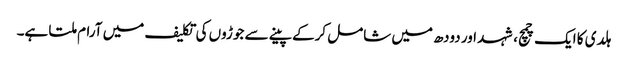
ہلدی کا ایک چمچ، شہد اور دودھ میں شامل کرکے پینے سے جوڑوں کی تکلیف میں آرام ملتا ہے۔